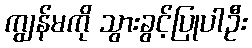
ကျွန်မကို သွားခွင့်ပြုပါဦး